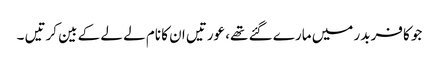
جو کافر بدر میں مارے گئے تھے، عورتیں ان کا نام لے لے کے بین کرتیں ۔